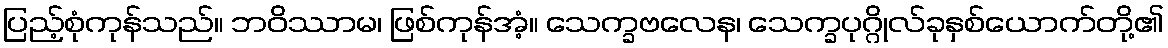
ပြည့်စုံကုန်သည်။ ဘဝိဿာမ၊ ဖြစ်ကုန်အံ့။ သေက္ခဗလေန၊ သေက္ခပုဂ္ဂိုလ်ခုနှစ်ယောက်တို့၏